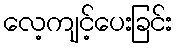
လေ့ကျင့်ပေးခြင်း